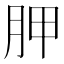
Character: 胛